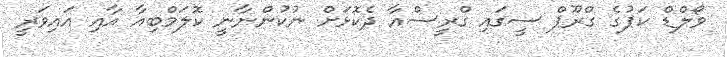
ވޯލްޑް ކަޕުގެ ގްރޫޕް ސީގައި ގްރީސްއާ ދެކޮޅަށް ނުކުންނާނީ ކޮލަމްބިއާ އާއި އައިވަރީ